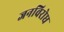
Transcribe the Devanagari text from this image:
जनविरोध